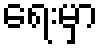
ရေးမှာ